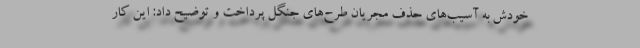
خودش به آسیب‌های حذف مجریان طرح‌های جنگل پرداخت و توضیح داد: این کار